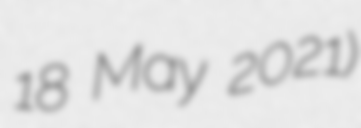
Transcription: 18 May 2021)